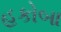
હકોબા